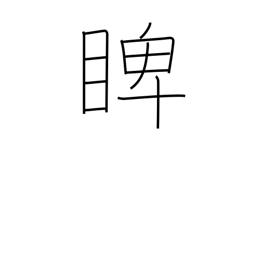
Meaning: glare at